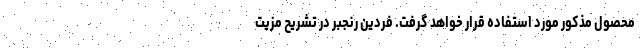
محصول مذکور مورد استفاده قرار خواهد گرفت. فردین رنجبر در تشریح مزیت